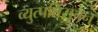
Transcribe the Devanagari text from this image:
व्युत्पत्तिसूचन